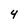
Character: 4